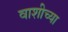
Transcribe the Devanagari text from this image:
वाशीच्या